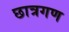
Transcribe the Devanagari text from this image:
छात्रगण